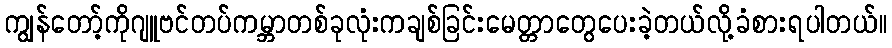
ကျွန်တော့်ကိုဂျူဗင်တပ်ကမ္ဘာတစ်ခုလုံးကချစ်ခြင်းမေတ္တာတွေပေးခဲ့တယ်လို့ခံစားရပါတယ်။